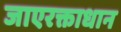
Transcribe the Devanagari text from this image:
जाएरक्ताधान